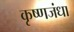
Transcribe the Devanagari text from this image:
कृष्णजंधा